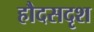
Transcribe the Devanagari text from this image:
हौदसदृश